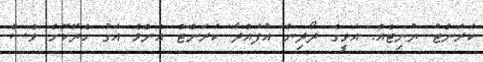
ކަރަންޓު ޔުނިޓެއް. އަވީގެ ދޯދިން އުފައްދާ ކަރަންޓް އެންމެ އަގު ހެޔޮކޮށް ވެސް